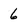
Character: 6